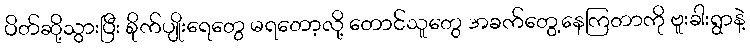
ပိတ်ဆို့သွားပြီး စိုက်ပျိုးရေတွေ မရတော့လို့ တောင်သူတွေ အခက်တွေ့နေကြတာကို ဗူးခါးရွာနဲ့